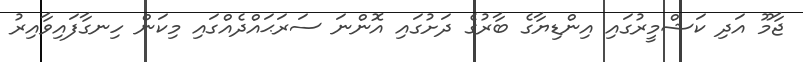
ޖާމޫ އަދި ކަޝްމީރުގައި އިންޑިޔާގެ ބާރުގެ ދަށުގައި އޮންނަ ސަރަޙައްދެއްގައި މިކަން ހިނގާފައިވާއިރު